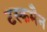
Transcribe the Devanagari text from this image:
टस्कमैन